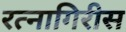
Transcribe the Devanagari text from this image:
रत्नागिरीस